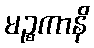
မဉ္စကာနိ